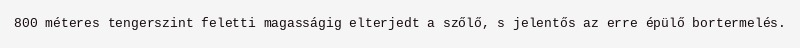
800 méteres tengerszint feletti magasságig elterjedt a szőlő, s jelentős az erre épülő bortermelés.